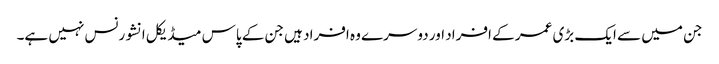
جن میں سے ایک بڑی عمر کے افراد اور دوسرے وہ افراد ہیں جن کے پاس میڈیکل انشورنس نہیں ہے۔